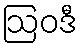
ဩဝဒီ